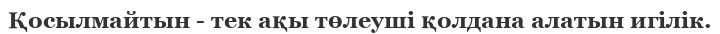
Қосылмайтын - тек ақы төлеуші қолдана алатын игілік.